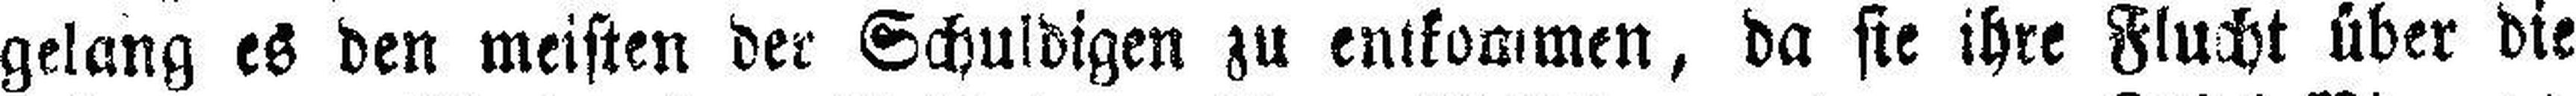
gelang es den meisten der Schuldigen zu entkommen, da sie ihre Flucht über die